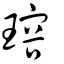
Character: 瑢